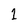
Character: 1